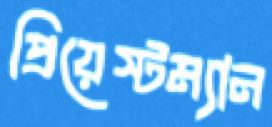
প্রিয়েস্টম্যান